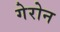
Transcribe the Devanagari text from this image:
गेरोन